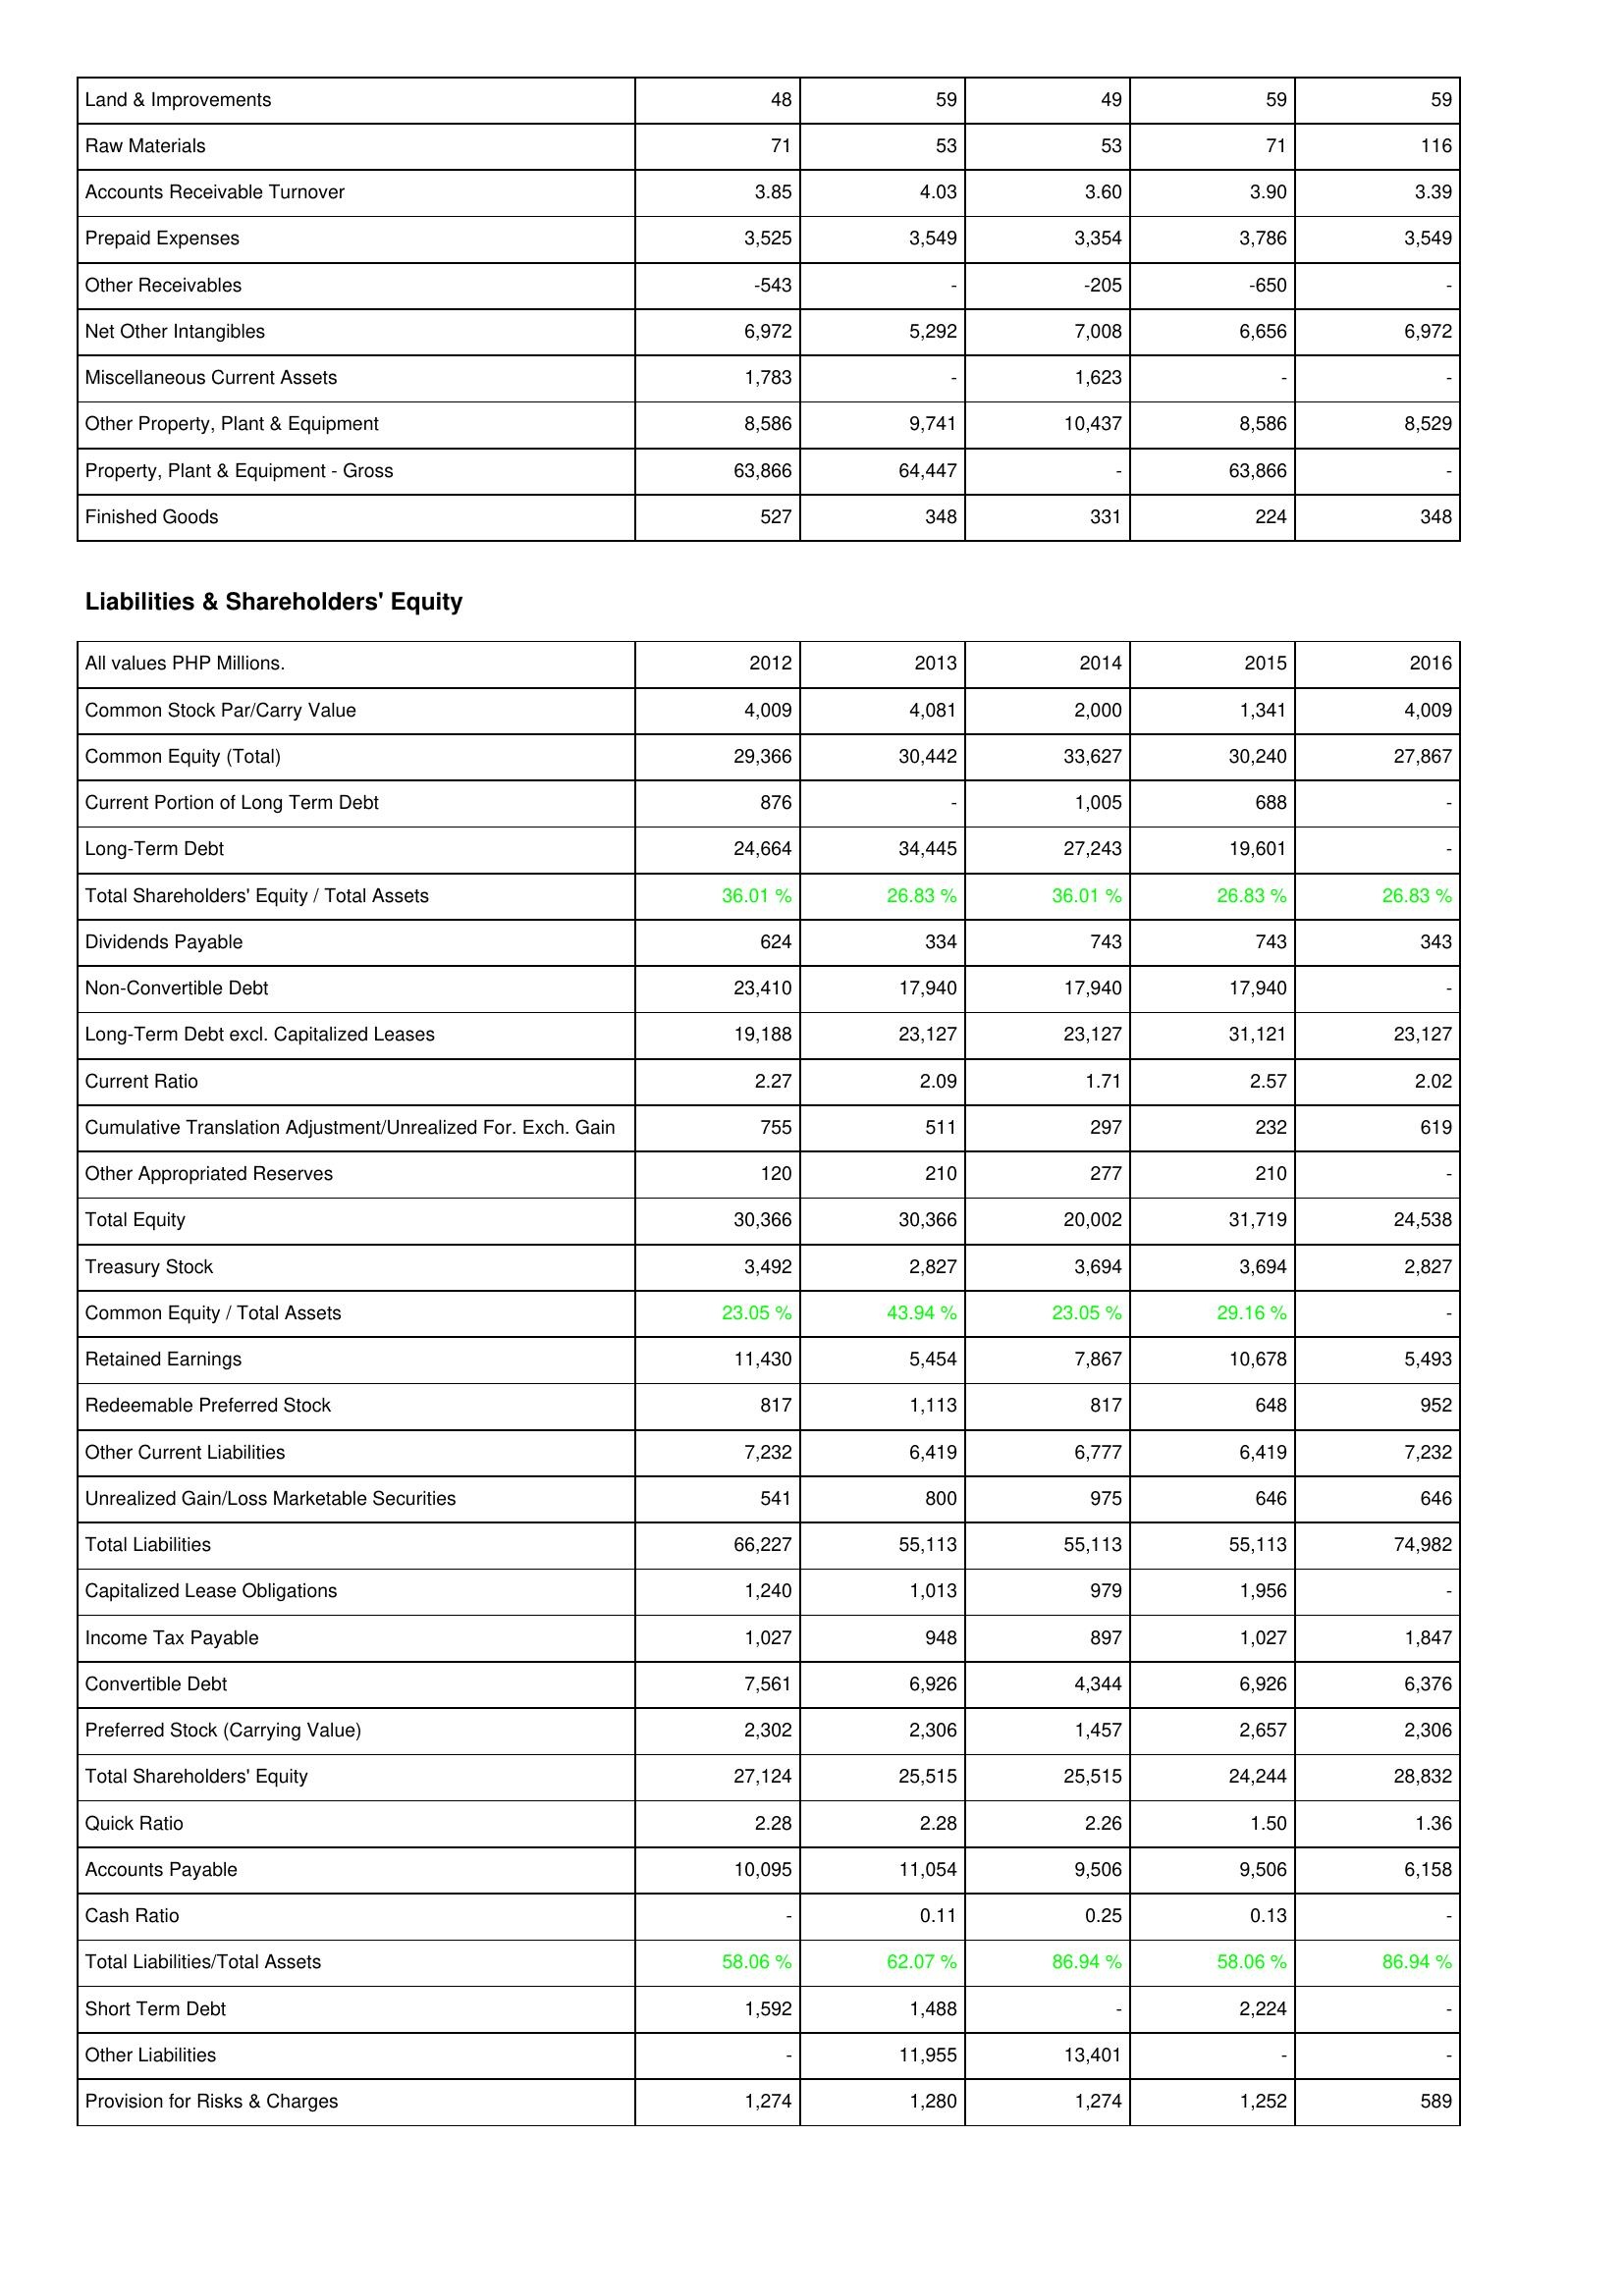
2012: Assets: Land & Improvements: 48
Raw Materials: 71
Accounts Receivable Turnover: 3.85
Prepaid Expenses: 3,525
Other Receivables: -543
Net Other Intangibles: 6,972
Miscellaneous Current Assets: 1,783
Other Property, Plant & Equipment: 8,586
Property, Plant & Equipment - Gross: 63,866
Finished Goods: 527
Liabilities & Shareholders' Equity: Common Stock Par/Carry Value: 4,009
Common Equity (Total): 29,366
Current Portion of Long Term Debt: 876
Long-Term Debt: 24,664
Total Shareholders' Equity / Total Assets: 36.01 %
Dividends Payable: 624
Non-Convertible Debt: 23,410
Long-Term Debt excl. Capitalized Leases: 19,188
Current Ratio: 2.27
Cumulative Translation Adjustment/Unrealized For. Exch. Gain: 755
Other Appropriated Reserves: 120
Total Equity: 30,366
Treasury Stock: 3,492
Common Equity / Total Assets: 23.05 %
Retained Earnings: 11,430
Redeemable Preferred Stock: 817
Other Current Liabilities: 7,232
Unrealized Gain/Loss Marketable Securities: 541
Total Liabilities: 66,227
Capitalized Lease Obligations: 1,240
Income Tax Payable: 1,027
Convertible Debt: 7,561
Preferred Stock (Carrying Value): 2,302
Total Shareholders' Equity: 27,124
Quick Ratio: 2.28
Accounts Payable: 10,095
Cash Ratio: -
Total Liabilities/Total Assets: 58.06 %
Short Term Debt: 1,592
Other Liabilities: -
Provision for Risks & Charges: 1,274
2013: Assets: Land & Improvements: 59
Raw Materials: 53
Accounts Receivable Turnover: 4.03
Prepaid Expenses: 3,549
Other Receivables: -
Net Other Intangibles: 5,292
Miscellaneous Current Assets: -
Other Property, Plant & Equipment: 9,741
Property, Plant & Equipment - Gross: 64,447
Finished Goods: 348
Liabilities & Shareholders' Equity: Common Stock Par/Carry Value: 4,081
Common Equity (Total): 30,442
Current Portion of Long Term Debt: -
Long-Term Debt: 34,445
Total Shareholders' Equity / Total Assets: 26.83 %
Dividends Payable: 334
Non-Convertible Debt: 17,940
Long-Term Debt excl. Capitalized Leases: 23,127
Current Ratio: 2.09
Cumulative Translation Adjustment/Unrealized For. Exch. Gain: 511
Other Appropriated Reserves: 210
Total Equity: 30,366
Treasury Stock: 2,827
Common Equity / Total Assets: 43.94 %
Retained Earnings: 5,454
Redeemable Preferred Stock: 1,113
Other Current Liabilities: 6,419
Unrealized Gain/Loss Marketable Securities: 800
Total Liabilities: 55,113
Capitalized Lease Obligations: 1,013
Income Tax Payable: 948
Convertible Debt: 6,926
Preferred Stock (Carrying Value): 2,306
Total Shareholders' Equity: 25,515
Quick Ratio: 2.28
Accounts Payable: 11,054
Cash Ratio: 0.11
Total Liabilities/Total Assets: 62.07 %
Short Term Debt: 1,488
Other Liabilities: 11,955
Provision for Risks & Charges: 1,280
2014: Assets: Land & Improvements: 49
Raw Materials: 53
Accounts Receivable Turnover: 3.60
Prepaid Expenses: 3,354
Other Receivables: -205
Net Other Intangibles: 7,008
Miscellaneous Current Assets: 1,623
Other Property, Plant & Equipment: 10,437
Property, Plant & Equipment - Gross: -
Finished Goods: 331
Liabilities & Shareholders' Equity: Common Stock Par/Carry Value: 2,000
Common Equity (Total): 33,627
Current Portion of Long Term Debt: 1,005
Long-Term Debt: 27,243
Total Shareholders' Equity / Total Assets: 36.01 %
Dividends Payable: 743
Non-Convertible Debt: 17,940
Long-Term Debt excl. Capitalized Leases: 23,127
Current Ratio: 1.71
Cumulative Translation Adjustment/Unrealized For. Exch. Gain: 297
Other Appropriated Reserves: 277
Total Equity: 20,002
Treasury Stock: 3,694
Common Equity / Total Assets: 23.05 %
Retained Earnings: 7,867
Redeemable Preferred Stock: 817
Other Current Liabilities: 6,777
Unrealized Gain/Loss Marketable Securities: 975
Total Liabilities: 55,113
Capitalized Lease Obligations: 979
Income Tax Payable: 897
Convertible Debt: 4,344
Preferred Stock (Carrying Value): 1,457
Total Shareholders' Equity: 25,515
Quick Ratio: 2.26
Accounts Payable: 9,506
Cash Ratio: 0.25
Total Liabilities/Total Assets: 86.94 %
Short Term Debt: -
Other Liabilities: 13,401
Provision for Risks & Charges: 1,274
2015: Assets: Land & Improvements: 59
Raw Materials: 71
Accounts Receivable Turnover: 3.90
Prepaid Expenses: 3,786
Other Receivables: -650
Net Other Intangibles: 6,656
Miscellaneous Current Assets: -
Other Property, Plant & Equipment: 8,586
Property, Plant & Equipment - Gross: 63,866
Finished Goods: 224
Liabilities & Shareholders' Equity: Common Stock Par/Carry Value: 1,341
Common Equity (Total): 30,240
Current Portion of Long Term Debt: 688
Long-Term Debt: 19,601
Total Shareholders' Equity / Total Assets: 26.83 %
Dividends Payable: 743
Non-Convertible Debt: 17,940
Long-Term Debt excl. Capitalized Leases: 31,121
Current Ratio: 2.57
Cumulative Translation Adjustment/Unrealized For. Exch. Gain: 232
Other Appropriated Reserves: 210
Total Equity: 31,719
Treasury Stock: 3,694
Common Equity / Total Assets: 29.16 %
Retained Earnings: 10,678
Redeemable Preferred Stock: 648
Other Current Liabilities: 6,419
Unrealized Gain/Loss Marketable Securities: 646
Total Liabilities: 55,113
Capitalized Lease Obligations: 1,956
Income Tax Payable: 1,027
Convertible Debt: 6,926
Preferred Stock (Carrying Value): 2,657
Total Shareholders' Equity: 24,244
Quick Ratio: 1.50
Accounts Payable: 9,506
Cash Ratio: 0.13
Total Liabilities/Total Assets: 58.06 %
Short Term Debt: 2,224
Other Liabilities: -
Provision for Risks & Charges: 1,252
2016: Assets: Land & Improvements: 59
Raw Materials: 116
Accounts Receivable Turnover: 3.39
Prepaid Expenses: 3,549
Other Receivables: -
Net Other Intangibles: 6,972
Miscellaneous Current Assets: -
Other Property, Plant & Equipment: 8,529
Property, Plant & Equipment - Gross: -
Finished Goods: 348
Liabilities & Shareholders' Equity: Common Stock Par/Carry Value: 4,009
Common Equity (Total): 27,867
Current Portion of Long Term Debt: -
Long-Term Debt: -
Total Shareholders' Equity / Total Assets: 26.83 %
Dividends Payable: 343
Non-Convertible Debt: -
Long-Term Debt excl. Capitalized Leases: 23,127
Current Ratio: 2.02
Cumulative Translation Adjustment/Unrealized For. Exch. Gain: 619
Other Appropriated Reserves: -
Total Equity: 24,538
Treasury Stock: 2,827
Common Equity / Total Assets: -
Retained Earnings: 5,493
Redeemable Preferred Stock: 952
Other Current Liabilities: 7,232
Unrealized Gain/Loss Marketable Securities: 646
Total Liabilities: 74,982
Capitalized Lease Obligations: -
Income Tax Payable: 1,847
Convertible Debt: 6,376
Preferred Stock (Carrying Value): 2,306
Total Shareholders' Equity: 28,832
Quick Ratio: 1.36
Accounts Payable: 6,158
Cash Ratio: -
Total Liabilities/Total Assets: 86.94 %
Short Term Debt: -
Other Liabilities: -
Provision for Risks & Charges: 589